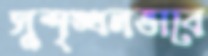
সুশৃঙ্খলভাবে